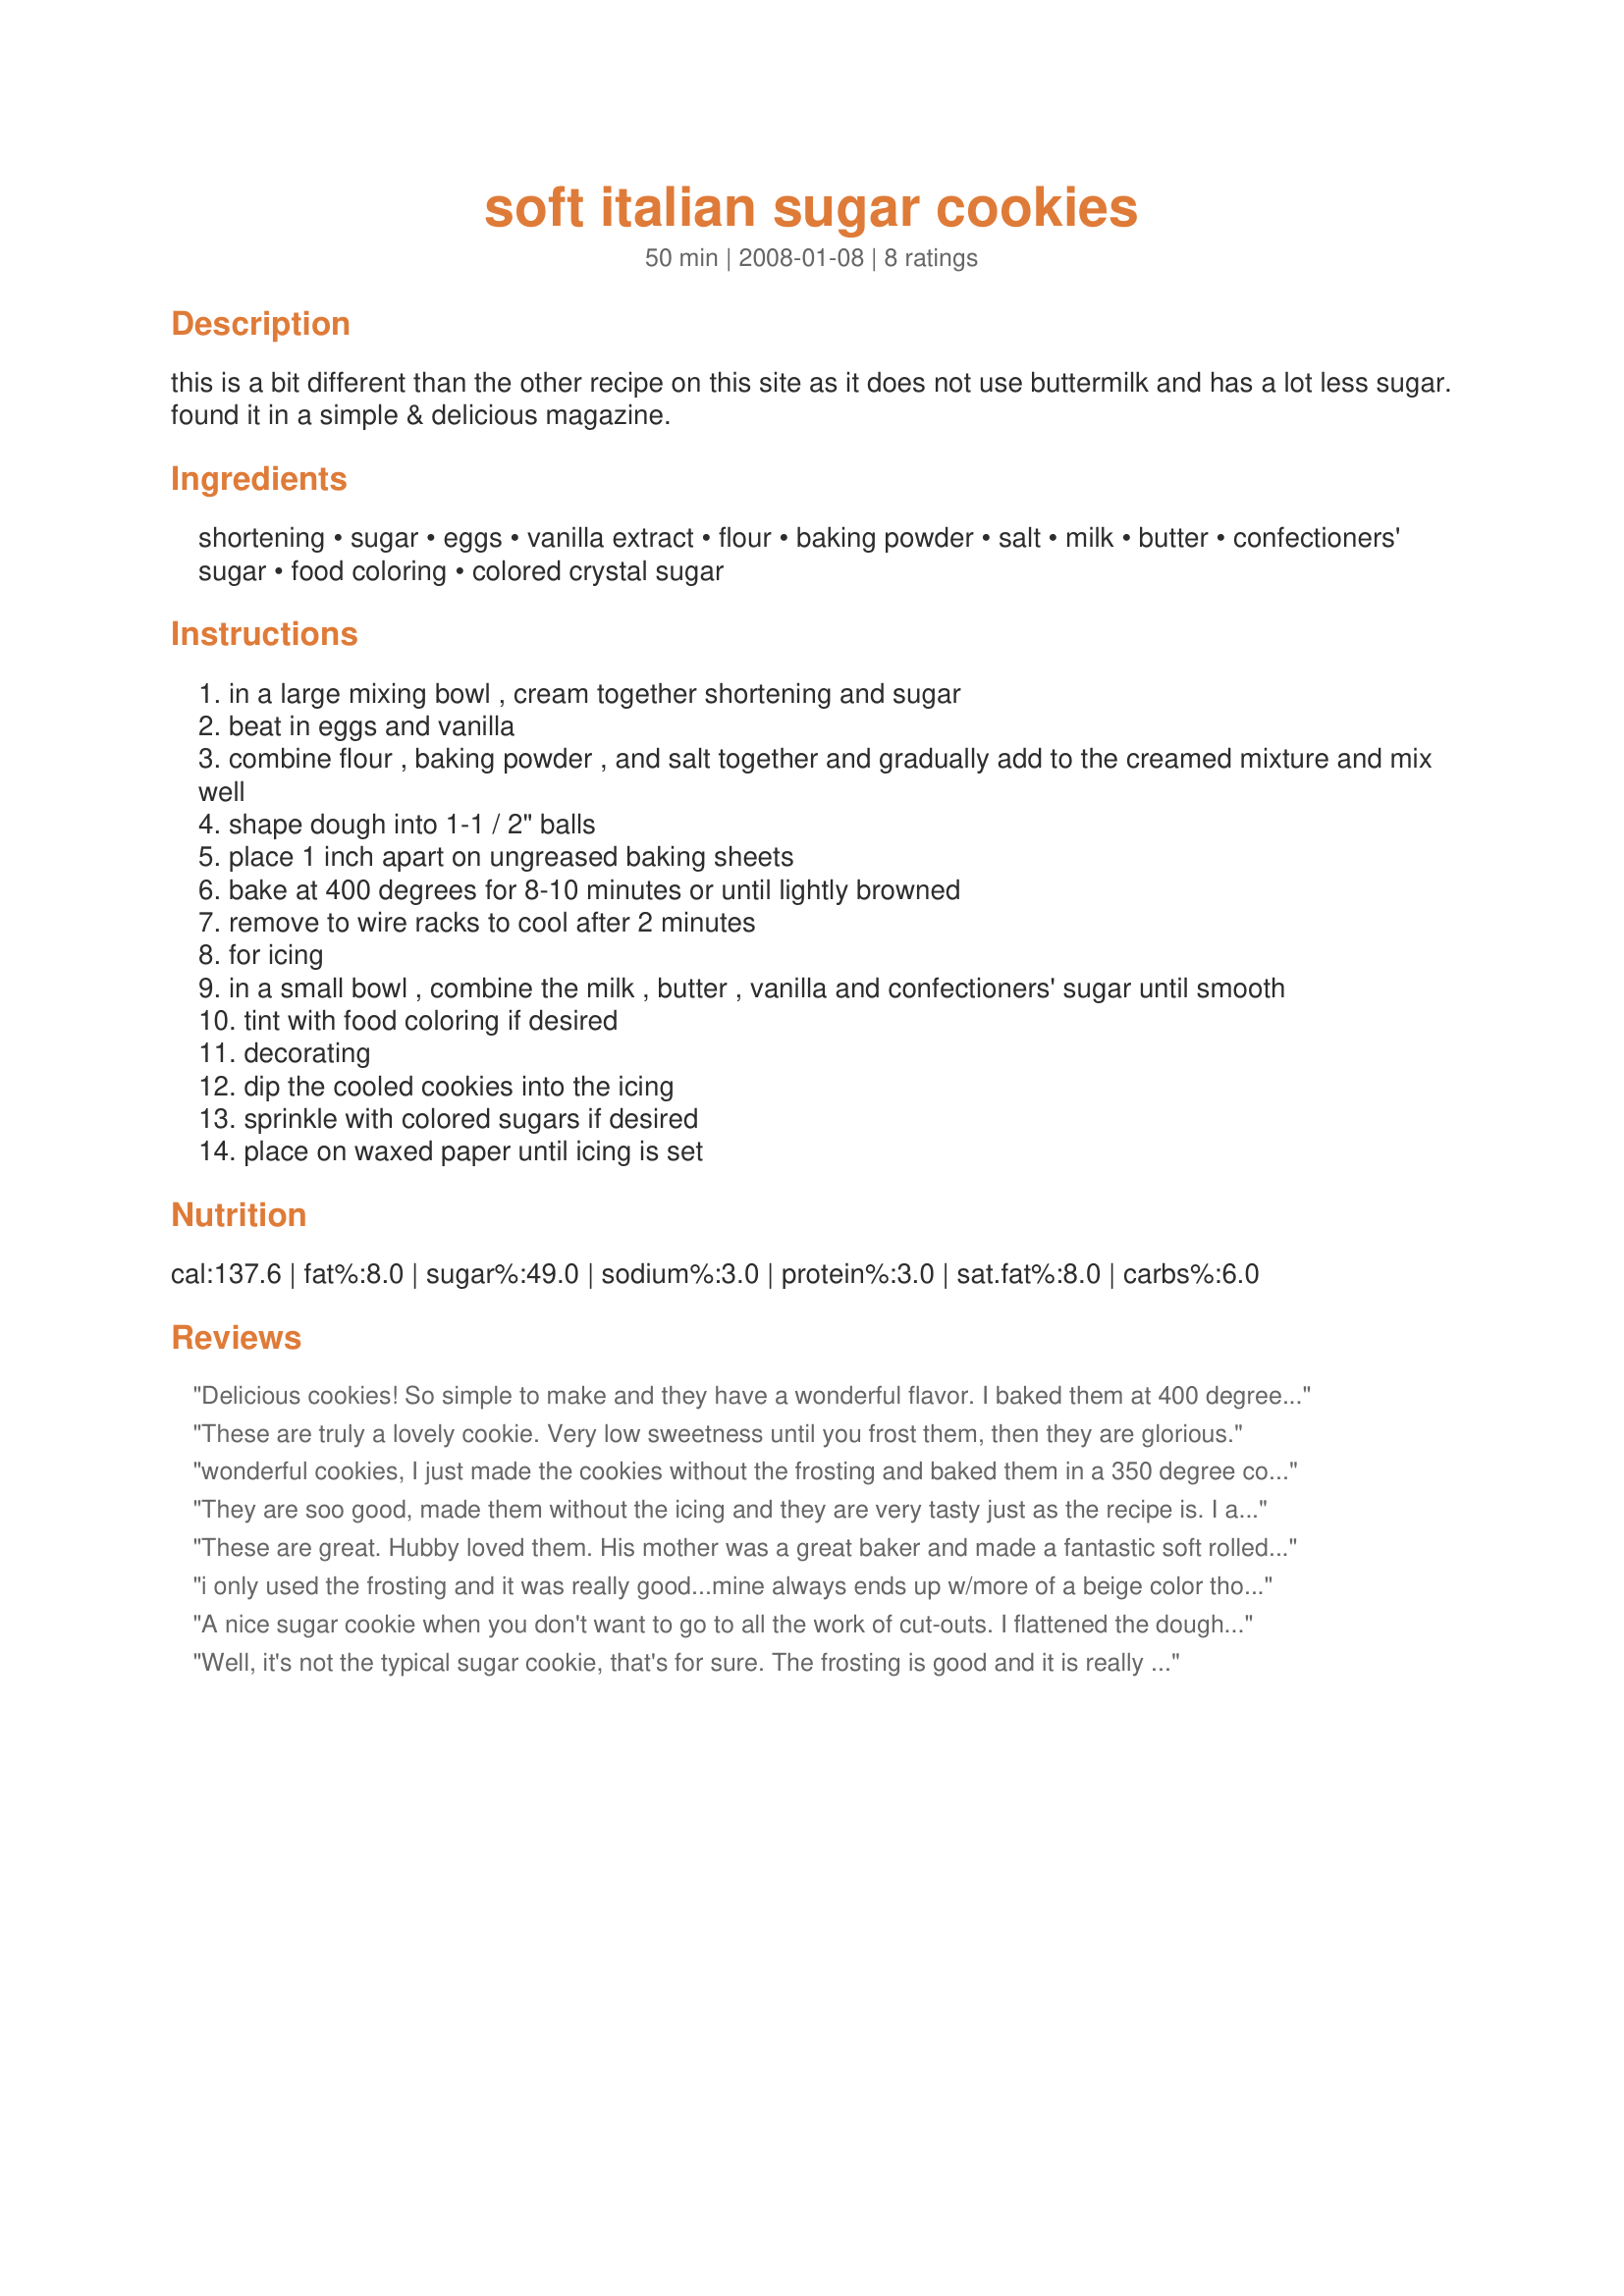
soft italian sugar cookies
Preparation time: 50 minutes

this is a bit different than the other recipe on this site as it does not use buttermilk and has a lot less sugar. found it in a simple & delicious magazine.

Ingredients:
shortening, sugar, eggs, vanilla extract, flour, baking powder, salt, milk, butter, confectioners' sugar, food coloring, colored crystal sugar

Steps:
in a large mixing bowl , cream together shortening and sugar
beat in eggs and vanilla
combine flour , baking powder , and salt together and gradually add to the creamed mixture and mix well
shape dough into 1-1 / 2" balls
place 1 inch apart on ungreased baking sheets
bake at 400 degrees for 8-10 minutes or until lightly browned
remove to wire racks to cool after 2 minutes
for icing
in a small bowl , combine the milk , butter , vanilla and confectioners' sugar until smooth
tint with food coloring if desired
decorating
dip the cooled cookies into the icing
sprinkle with colored sugars if desired
place on waxed paper until icing is set

Reviews:
Delicious cookies! So simple to make and they have a wonderful flavor. I baked them at 400 degrees for nearly 10 minutes. I will shorten the time for baking to 8 minutes because they did get a little too brown on the bottom, but they still taste great. I used parchment paper for easy cleanup and a better cookie overall. I love the icing as well - the consistency is just right for spreading it on the cookies. I only got about 2 1/2 dozen, but that's probably because mine were slightly larger than 1 1/2 inch balls. By the way, Kittencal was right - these cookies do taste yummy even without icing. These will definitely be on my Christmas cookie list from now on. Thanks for sharing!
These are truly a lovely cookie. Very low sweetness until you frost them, then they are glorious.
wonderful cookies, I just made the cookies without the frosting and baked them in a 350 degree convection oven to crisp up slightly, my DS likes to dip them in his coffee, I also added in 1 teaspoon almond extract, I will make again next time with the icing, thanks for sharing Mel!
They are soo good, made them without the icing and they are very tasty just as the recipe is. I also made them last week with splenda and smart balance butter substitute as the shortening and they came out great! Thanks for the post!
These are great. Hubby loved them. His mother was a great baker and made a fantastic soft rolled cookie. One that is hard to make because the dough is so soft. But oh so delicious. So thankyou, these are so easy...and so good. The family will enjoy for years.
i only used the frosting and it was really good...mine always ends up w/more of a beige color though from that little bit of vanilla. is it just me? how does your look so white?
A nice sugar cookie when you don't want to go to all the work of cut-outs. I flattened the dough slightly before baking on parchment paper. Will definitely make again; adding to my collection of favorites!!
Well, it's not the typical sugar cookie, that's for sure. The frosting is good and it is really what has made this cookie for us. It just wasn't our thing -sorry. I guess we are too used to the regular sugar cookies. Thanks for posting. It was great to try it out! Made for 123 Tag Game.
